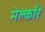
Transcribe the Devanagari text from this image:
मेल्कॉर